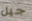
جيل